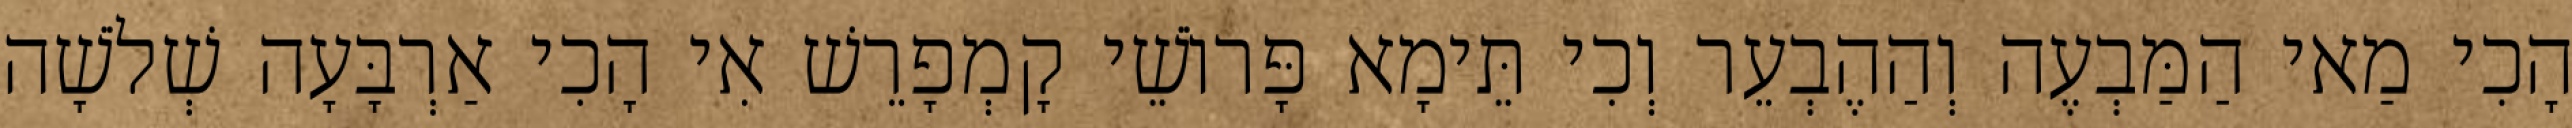
הָכִי מַאי הַמַּבְעֶה וְהַהֶבְעֵר וְכִי תֵּימָא פָּרוֹשֵׁי קָמְפָרֵשׁ אִי הָכִי אַרְבָּעָה שְׁלֹשָׁה